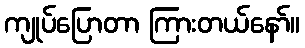
ကျုပ်ပြောတာ ကြားတယ်နော်။